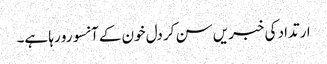
ارتداد کی خبریں سن کر دل خون کے آنسو رو رہا ہے۔